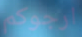
ارجوكم